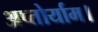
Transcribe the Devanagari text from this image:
अप्तोर्याम।